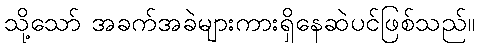
သို့သော် အခက်အခဲများကားရှိနေဆဲပင်ဖြစ်သည်။